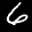
Label: 6